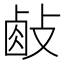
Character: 𢾃